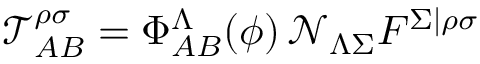
\mathcal { T } _ { A B } ^ { \rho \sigma } = \Phi _ { A B } ^ { \Lambda } ( \phi ) \, \mathcal { N } _ { \Lambda \Sigma } F ^ { \Sigma \vert \rho \sigma }